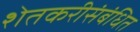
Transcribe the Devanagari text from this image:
शेतकरीसंबंधित